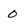
Character: 0